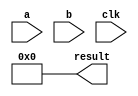
`timescale 10ns / 1ns

// Verilog Assignment 2, Question 2
// GCD MODULE
// Autumn Semester 2023-24 (Semester 5)
// Group No. 24 
// Gorantla Thoyajakshi - 21CS10026
// Ashwin Prasanth - 21CS30009


module gcd(result, a, b, clk);
    // defining input and output ports 
    input [7:0] a,b;
    input clk;
    output reg [7:0] result;

    // temporary registers that will initially store values of a and b, and then reduce iteratively until GCD is found
    reg [7:0] tempa, tempb;

    // following code is executed at every positive edge trigger of the clock cycle
    always @ (posedge clk)
    begin
        // if one of them is zero, then the other is the gcd
        if (tempa == 0)
            result <= tempb;
        else if (tempb == 0)
            result <= tempa;
        else
        // if not, then the smaller of the two is subtracted from the larger of the two
        begin
            if (tempa > tempb)
                tempa <= tempa - tempb;
            else
                tempb <= tempb - tempa;
        end
    end

    // if the value of a and b ever changes (ie, a new test case is passed), the values of tempa and tempb are updated
    //  correspondingly and result is reset to zero
    always @ (a or b)
        begin 
            tempa <= a; 
            tempb <= b; 
            result <= 0;
        end

endmodule